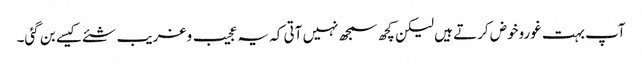
آپ بہت غوروخوض کرتے ہیں لیکن کچھ سمجھ نہیں آتی کہ یہ عجیب و غریب شئے کیسے بن گئی۔